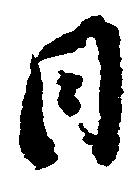
日